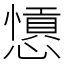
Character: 𢣁